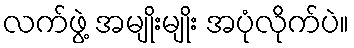
လက်ဖွဲ့ အမျိုးမျိုး အပုံလိုက်ပဲ။